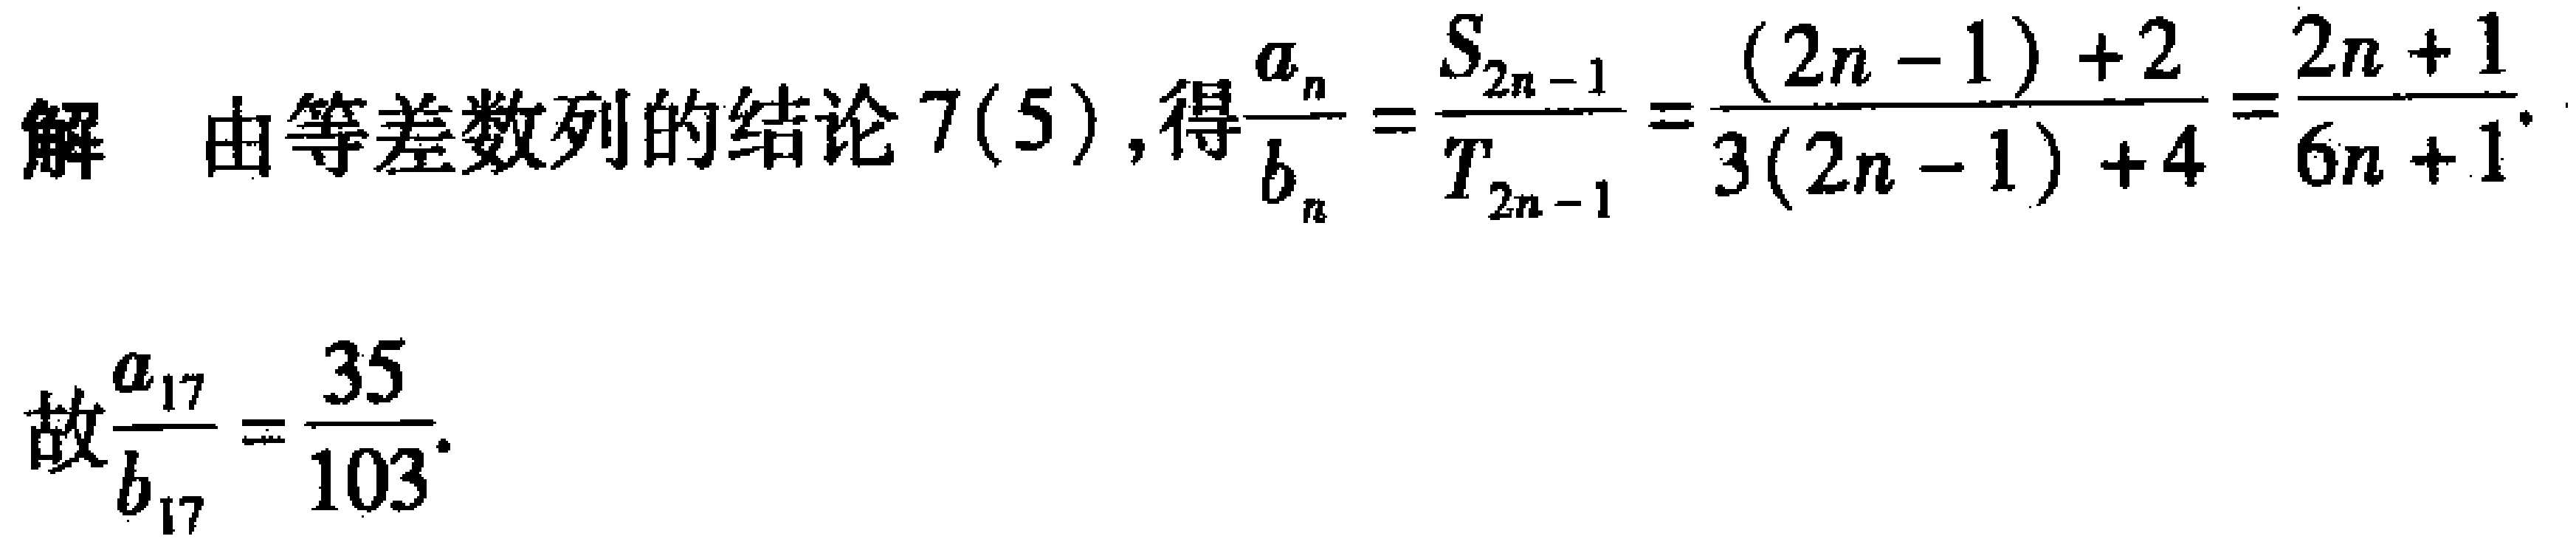
解 由等差数列的结论 7(5), 得$\frac{a_{n}}{b_{n}}=\frac{S_{2n - 1}}{T_{2n - 1}}=\frac{(2n - 1)+2}{3(2n - 1)+4}=\frac{2n + 1}{6n + 1}.$
故$\frac{a_{17}}{b_{17}}=\frac{35}{103}.$